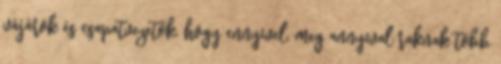
vájárok és csapatvezetők, hogy ennyivel, meg annyival raknak több